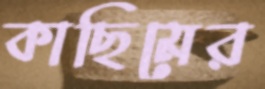
কাছিমের